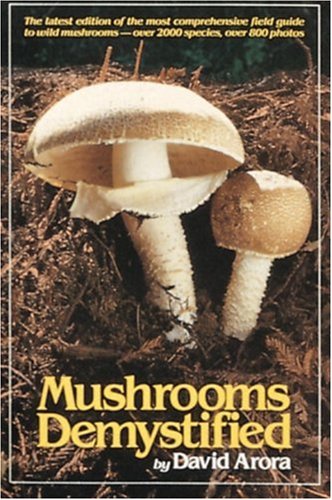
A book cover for Mushrooms Demystified; David Arora; Crafts, Hobbies & Home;